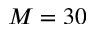
M = 3 0